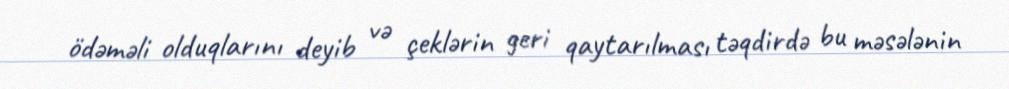
ödəməli olduqlarını deyib və çeklərin geri qaytarılması təqdirdə bu məsələnin